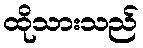
ထိုသားသည်